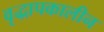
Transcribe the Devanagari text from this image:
वृद्धापकालीन